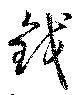
鍋